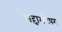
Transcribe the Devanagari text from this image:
अद्दामंटपम